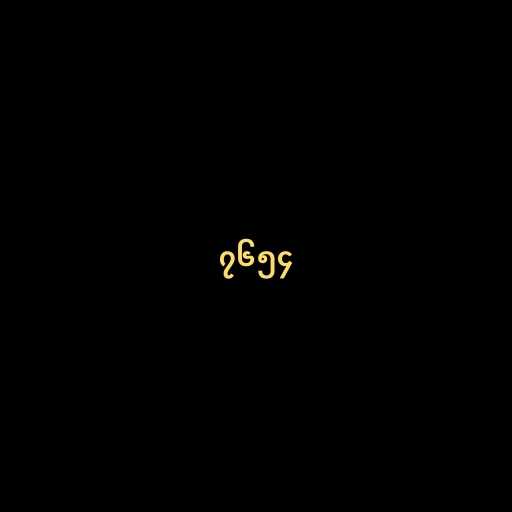
၇၆၅၄